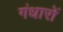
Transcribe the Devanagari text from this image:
गंधारों